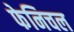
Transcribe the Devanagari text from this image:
फेनिचल